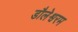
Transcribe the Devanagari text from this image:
डौलेश्वरम